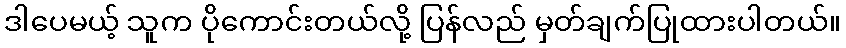
ဒါပေမယ့် သူက ပိုကောင်းတယ်လို့ ပြန်လည် မှတ်ချက်ပြုထားပါတယ်။